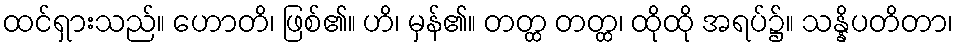
ထင်ရှားသည်။ ဟောတိ၊ ဖြစ်၏။ ဟိ၊ မှန်၏။ တတ္ထ တတ္ထ၊ ထိုထို အရပ်၌။ သန္နိပတိတာ၊